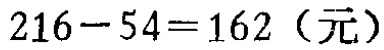
\(216 - 54 = 162 \text{（元）}\)